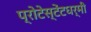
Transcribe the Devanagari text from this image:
प्रोटेस्टेंटधर्मी